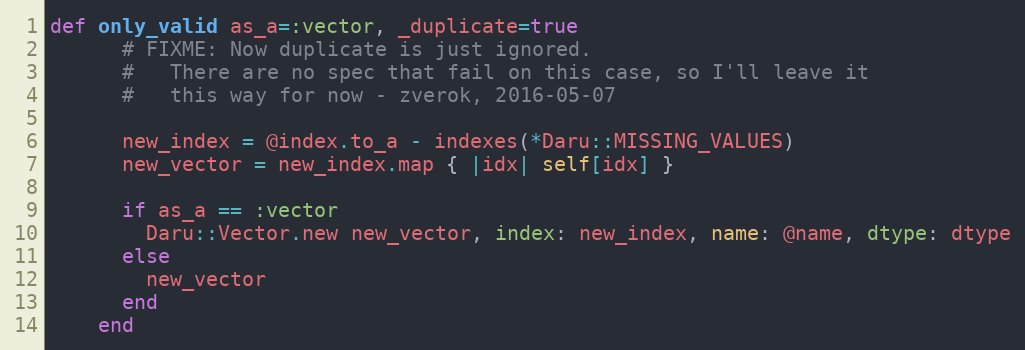
Language: Ruby
def only_valid as_a=:vector, _duplicate=true
      # FIXME: Now duplicate is just ignored.
      #   There are no spec that fail on this case, so I'll leave it
      #   this way for now - zverok, 2016-05-07

      new_index = @index.to_a - indexes(*Daru::MISSING_VALUES)
      new_vector = new_index.map { |idx| self[idx] }

      if as_a == :vector
        Daru::Vector.new new_vector, index: new_index, name: @name, dtype: dtype
      else
        new_vector
      end
    end